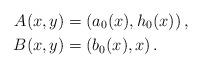
LaTeX: \begin{align*} A(x,y) & = \left( a_{0}(x), h_{0}(x) \right), \\ B(x,y) & = \left( b_{0}(x), x \right). \end{align*}